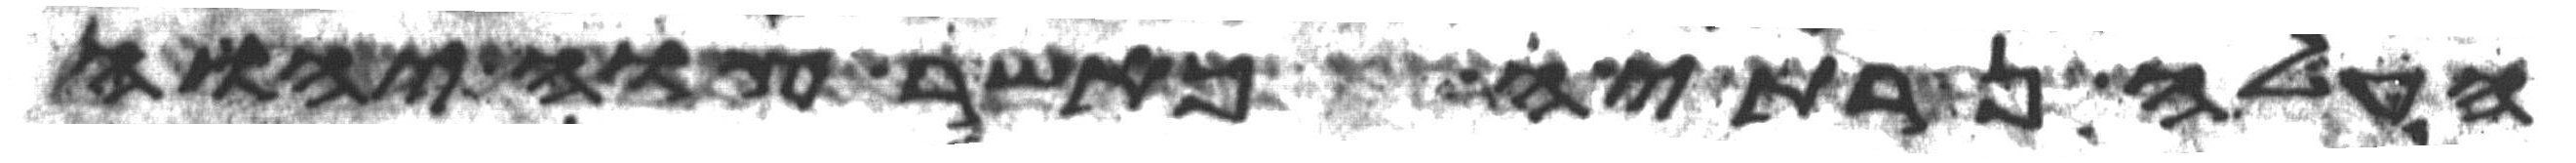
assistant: העלה נרתיה כאשר צוה יהוה